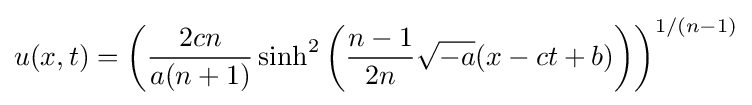
u(x,t)=\left({\frac {2cn}{a(n+1)}}\sinh ^{2}\left({\frac {n-1}{2n}}{\sqrt {-a}}(x-ct+b)\right)\right)^{1/(n-1)}